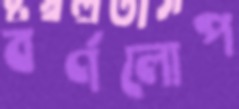
বর্ণলোপ